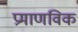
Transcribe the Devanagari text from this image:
प्रमाणविक